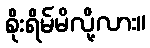
စိုးရိမ်မိလို့လား။